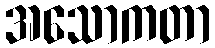
အသောကတာ